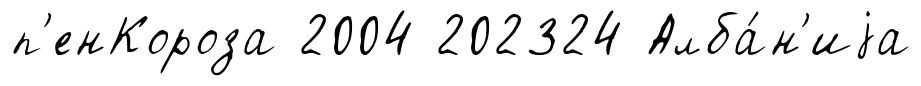
п'енКороза 2004 202324 Алба́н'иjа